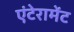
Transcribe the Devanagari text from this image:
एंटेरामेंट